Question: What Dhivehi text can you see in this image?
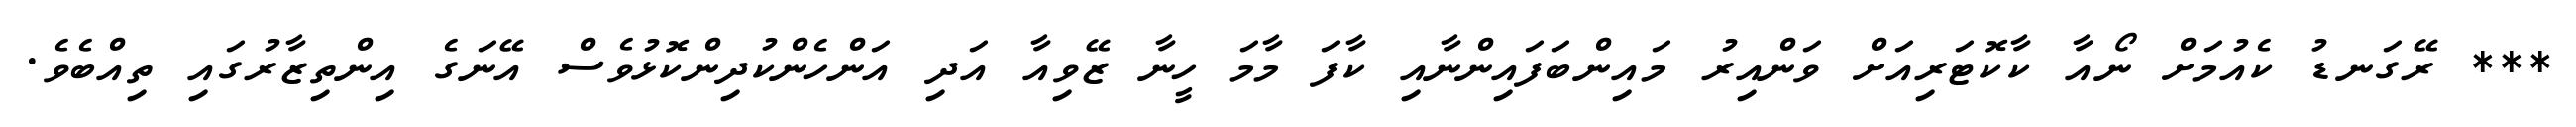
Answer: *** ރޭގަނޑު ކެއުމަށް ނޯއާ ކާކޮޓަރިއަށް ވަންއިރު މައިންބަފައިންނާއި ކާފަ މާމަ ހީނާ ޒޭވިއާ އަދި އަންހެންކުދިންކޮޅުވެސް އޭނަގެ އިންތިޒާރުގައި ތިއްބެވެ.